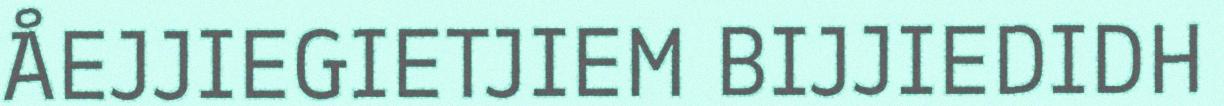
ÅEJJIEGIETJIEM BIJJIEDIDH